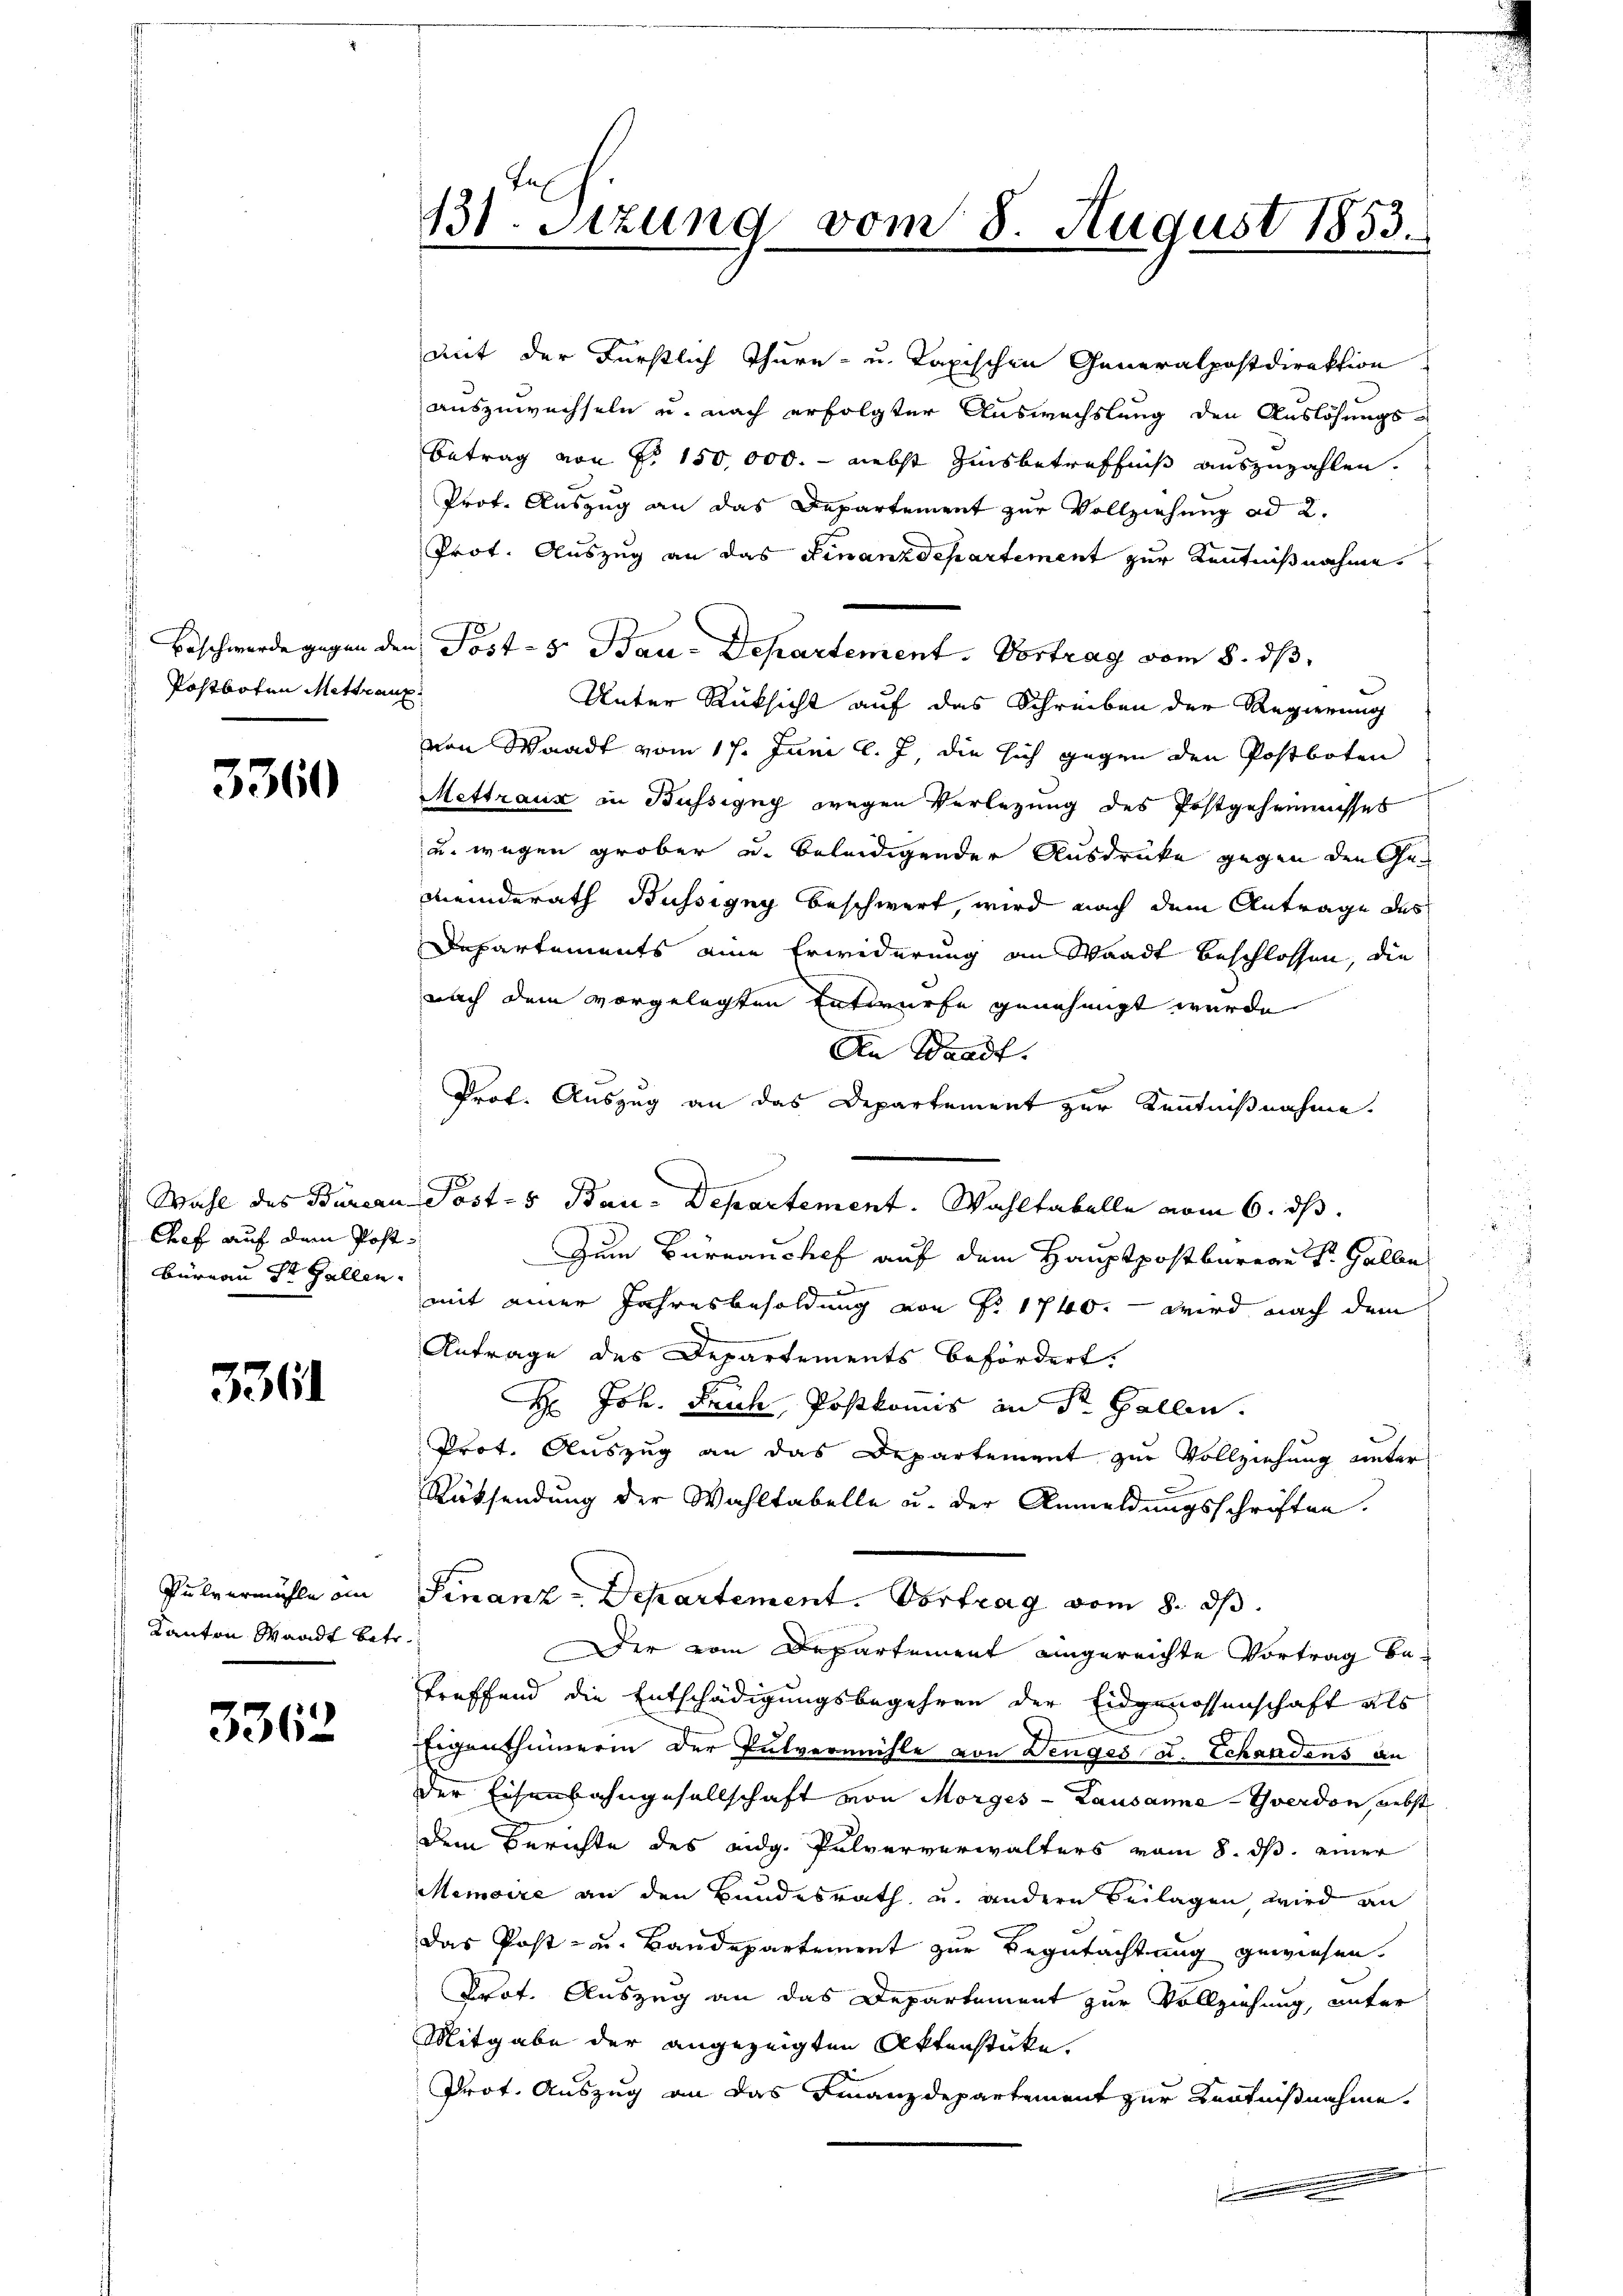
) Beschwerde gegen der
 Postboten Mettran

3360

Chef auf dem Post¬
Büreau St. Gallen.

3361

Pulvermühle an
Kanton Waadt betr.

3362.

131. Setzung vom 8. August 1853.

mit der Fürstlich Thure- u. Tapischen Generalpostdirektion
auszuwechseln u. nach erfolgter Auswechslung den Auslösungs-
Betrag von §. 150,000. - nebst Zinsbetreffniß auszuzahlen.
Prof. Auszug an das Departement zur Vollziehung ad 2.
Prot. Auszug an das Finanzdepartement zur Kenntnißnahme.
Post-5 Bau-Departement. Vortrag vom 8. ds.
Unter Rücksicht auf das Schreiben der Regierung
von Waadt vom 17. Juni l. J., die sich gegen den Postboten
Mettraux in Büssigny wegen Verlegung des Postgeheimisses
u. wegen grober u. beleidigender Ausdrucke gegen den Gemeinderath Büssige beschwert, wird nach dem Antrage des
Departements eine Erwiderung an Waadt beschlossen, die
nach dem vorgelegten Entwurfe genehmigt wurde
An Waadt.
Prof. Auszug an das Departement zur Kenntnißnahme.
5
Wahl des Burean Post- & Bau-Departement. Wahltabelle vom 6. ds.
Zum Bureaushof auf dem Hauptpost berege St. Galle
mit einer Jahresbesoldung von P. 1740. – wird nach dem
Antrage des Departements befördert.
F
H Joh. Fruch, Postkommis an St. Gallen.
Prot. Auszug an das Departement zur Vollziehung unter
Rüksendung der Wahltabelle u. der Anmeldungsschriften.
Finanz-Departement. Vortrag vom 8. ds.
Der vom Departement eingereichte Vortrag betreffend die Entschädigungsbegehren der Eidgenossenschaft als
Eigenthümerin der Pulvermühle von Denges d. Schandens an
der Eisenbahngesellschaft von Morges - Lausanna - Yverdon, nebst
Dem Berichte des eidg. Pulververwalters vom 8. ds. einer
Memoire an den Bundesrath, u. andern Beilagen wird an
das Post- u. Baudepartement zur Begutachtung gewiesen.
Prof. Auszug an das Departement zur Vollziehung, unter
Mitgabe der angezeigten Aktenstücke.
Prot. Auszug an das Finanzdepartement zur Kentnißnahme.
.